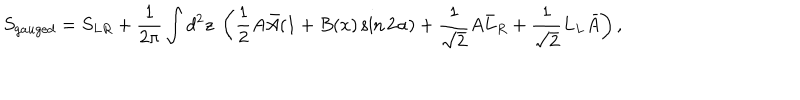
S _ { g a u g e d } = S _ { L R } + \frac { 1 } { 2 \pi } \int d ^ { 2 } z \; \left( \frac { 1 } { 2 } A \bar { A } ( 1 + B ( x ) \sin 2 \alpha ) + \frac { 1 } { \sqrt { 2 } } A \bar { L } _ { R } + \frac { 1 } { \sqrt { 2 } } L _ { L } \bar { A } \right) ,